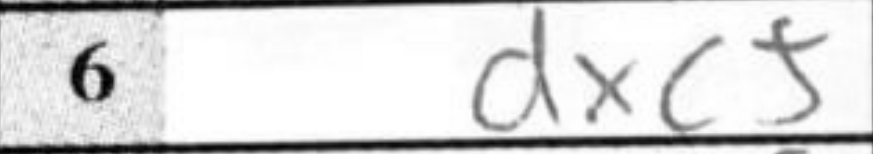
Transcription: dxc5